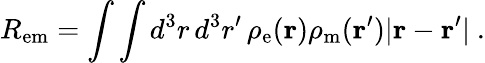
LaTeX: R_{\mathrm{em}}=\int\int d^{3}r\, d^{3}r^{\prime}\, \rho_{\mathrm{e}}({\mathbf r})\rho_{\mathrm{m}}({\mathbf r}^{\prime})|{\mathbf r}-{\mathbf r}^{\prime}|\ .